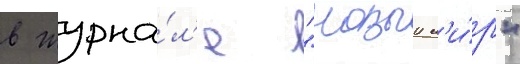
в журна́л'е "новыи м'и́р"